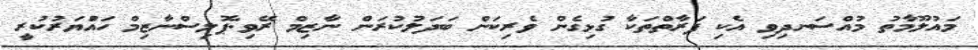
މައުލޫމާތު މުއްސަނދިވި އެކި ފަރާތްތަކާ ގުޅިގެން ވެރިކަން ބަދަލުކުރަން ނާޒިމް ރޭވި:ޕޮލިސްނާޒިމް ހައްުޔަރުކުރީ